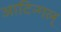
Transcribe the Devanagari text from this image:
आटिन्गल्